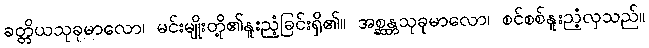
ခတ္တိယသုခုမာလော၊ မင်းမျိုးတို့၏နူးညံ့ခြင်းရှိ၏။ အစ္ဆန္တသုခုမာလော၊ စင်စစ်နူးညံ့လှသည်။